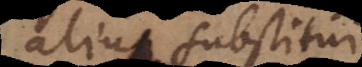
alium substitui